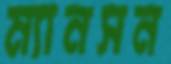
ম্যানসন